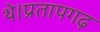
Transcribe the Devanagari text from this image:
थे।प्रतापगढ़